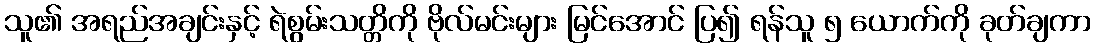
သူ၏ အရည်အချင်းနှင့် ရဲစွမ်းသတ္တိကို ဗိုလ်မင်းများ မြင်အောင် ပြ၍ ရန်သူ ၅ ယောက်ကို ခုတ်ချကာ